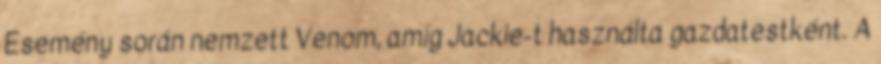
Esemény során nemzett Venom, amíg Jackie-t használta gazdatestként. A